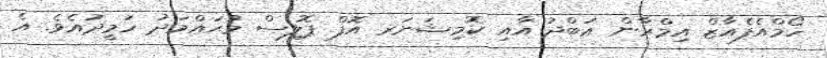
ހޯމްއެފެއާޒް އިމްރާން ޢަބްދު އާއި ކޮމިޝަނަރ އޮފް ޕޮލިސް މުޙައްމަދު ހަމީދުއެވެ. އެ